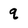
Character: q